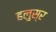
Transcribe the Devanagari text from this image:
हलुस्र